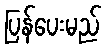
ပြန်ပေးမည်